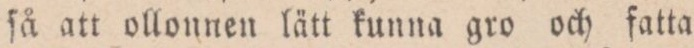
ſå att ollonnen lätt kunna gro och fatta